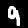
Label: 9